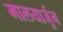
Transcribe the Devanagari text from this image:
मालयार्जुन